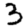
Digit: 3